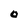
Character: O